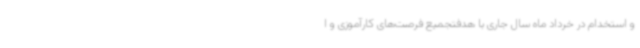
و استخدام در خرداد ماه سال جاری با هدفتجمیع فرصت‌های کارآموزی و ا